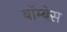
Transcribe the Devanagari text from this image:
बॉम्बेस